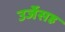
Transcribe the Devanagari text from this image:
उर्जेसह